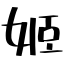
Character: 姬